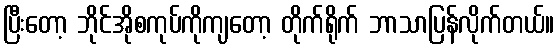
ပြီးတော့ ဘိုင်အိုစကုပ်ကိုကျတော့ တိုက်ရိုက် ဘာသာပြန်လိုက်တယ်။